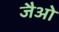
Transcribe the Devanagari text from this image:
जैओ